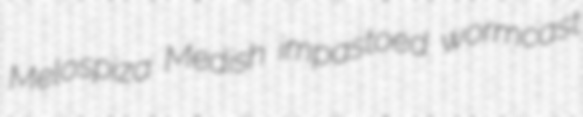
Melospiza Medish impastoed wormcast